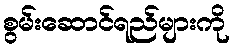
စွမ်းဆောင်ရည်များကို